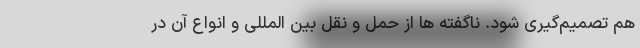
هم تصمیم‌گیری شود. ناگفته ها از حمل و نقل بین المللی و انواع آن در